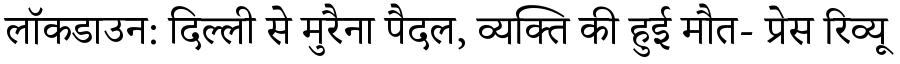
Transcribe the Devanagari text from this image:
लॉकडाउन: दिल्ली से मुरैना पैदल, व्यक्ति की हुई मौत- प्रेस रिव्यू